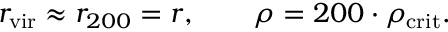
r _ { \mathrm { v i r } } \approx r _ { 2 0 0 } = r , \qquad \rho = 2 0 0 \cdot \rho _ { \mathrm { c r i t } } .